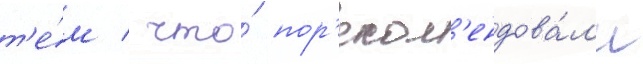
т'е́м / что́ пор'еком'ендова́л'и